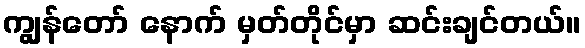
ကျွန်တော် နောက် မှတ်တိုင်မှာ ဆင်းချင်တယ်။